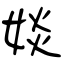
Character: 婒